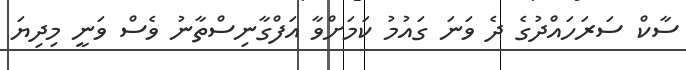
ސާކް ސަރަހައްދުގެ ދެ ވަނަ ގައުމު ކަމަށްވާ އަފްގާނިސްތާނު ވެސް ވަނީ މިދިޔަ